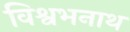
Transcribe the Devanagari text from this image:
विश्वभनाथ